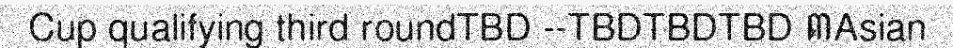
Cup qualifying third roundTBD --TBDTBDTBD ៣Asian